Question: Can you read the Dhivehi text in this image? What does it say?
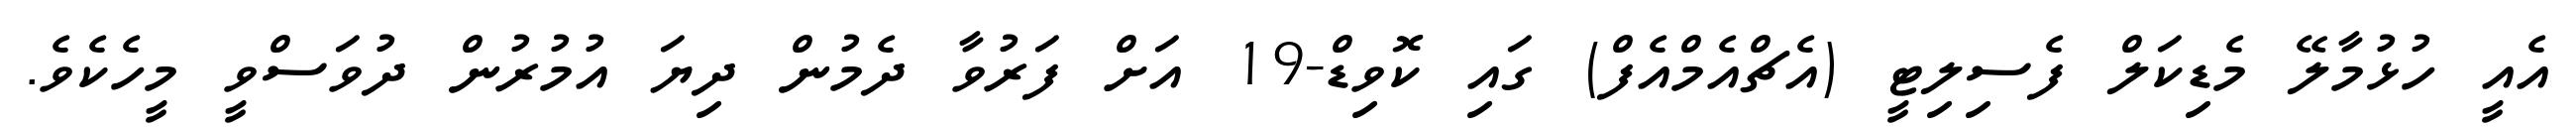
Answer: އެއީ ހުޅުމާލޭ މެޑިކަލް ފެސިލިޓީ (އެޗްއެމްއެފް) ގައި ކޮވިޑް-19 އަށް ފަރުވާ ދެމުން ދިޔަ އުމުރުން ދުވަސްވީ މީހެކެވެ.